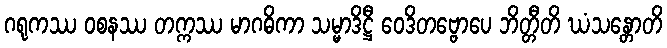
ဂရုကဿ ဝစနဿ တက္ကဿ မာဂဓိကာ သမ္မာဒိဋ္ဌီ ဝေဒိတဗ္ဗောပေ ဘိတ္တီတိ ဃံသန္တောတိ